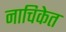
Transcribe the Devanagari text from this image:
नाचिकेत